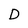
Character: D